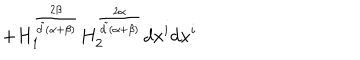
+ H _ { 1 } ^ { \frac { 2 \beta } { { \tilde { d } } ( \alpha + \beta ) } } H _ { 2 } ^ { \frac { 2 \alpha } { { \tilde { d } } ( \alpha + \beta ) } } d x ^ { i } d x ^ { i }